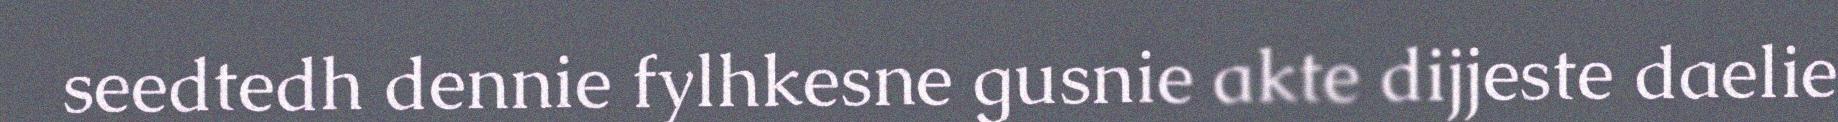
seedtedh dennie fylhkesne gusnie akte dijjeste daelie